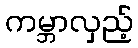
ကမ္ဘာလှည့်